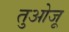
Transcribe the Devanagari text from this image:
तुओजू